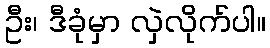
ဦး၊ ဒီခုံမှာ လှဲလိုက်ပါ။